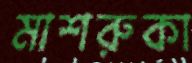
মাশরুকা